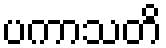
ပကာသတိ